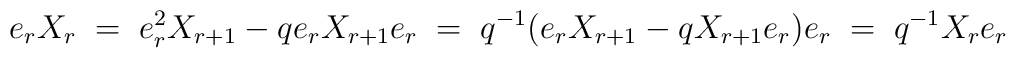
e_rX_r\;=\; e_r^2X_{r+1}-qe_rX_{r+1}e_r\;=\; q^{-1}(e_rX_{r+1}-qX_{r+1}e_r)e_r\;=\;q^{-1}X_re_r